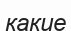
какие